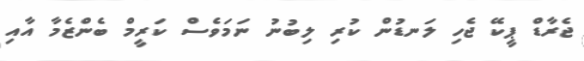
ޖެރާޑް ޕީކޭ ޖެހި ލަނޑުން ކުރި ލިބުނު ނަމަވެސް ކަރީމް ބެންޒެމާ އާއި